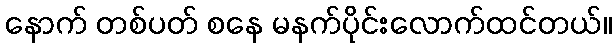
နောက် တစ်ပတ် စနေ မနက်ပိုင်းလောက်ထင်တယ်။